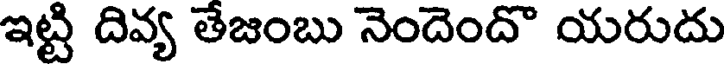
ఇట్టి దివ్య తేజంబు నెందెందొ యరుదు